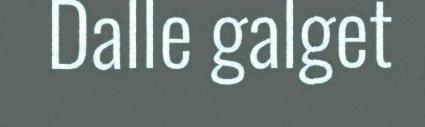
Dalle galget